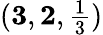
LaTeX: (\mathbf{3},\mathbf{2},\textstyle{\frac{1}{3}})